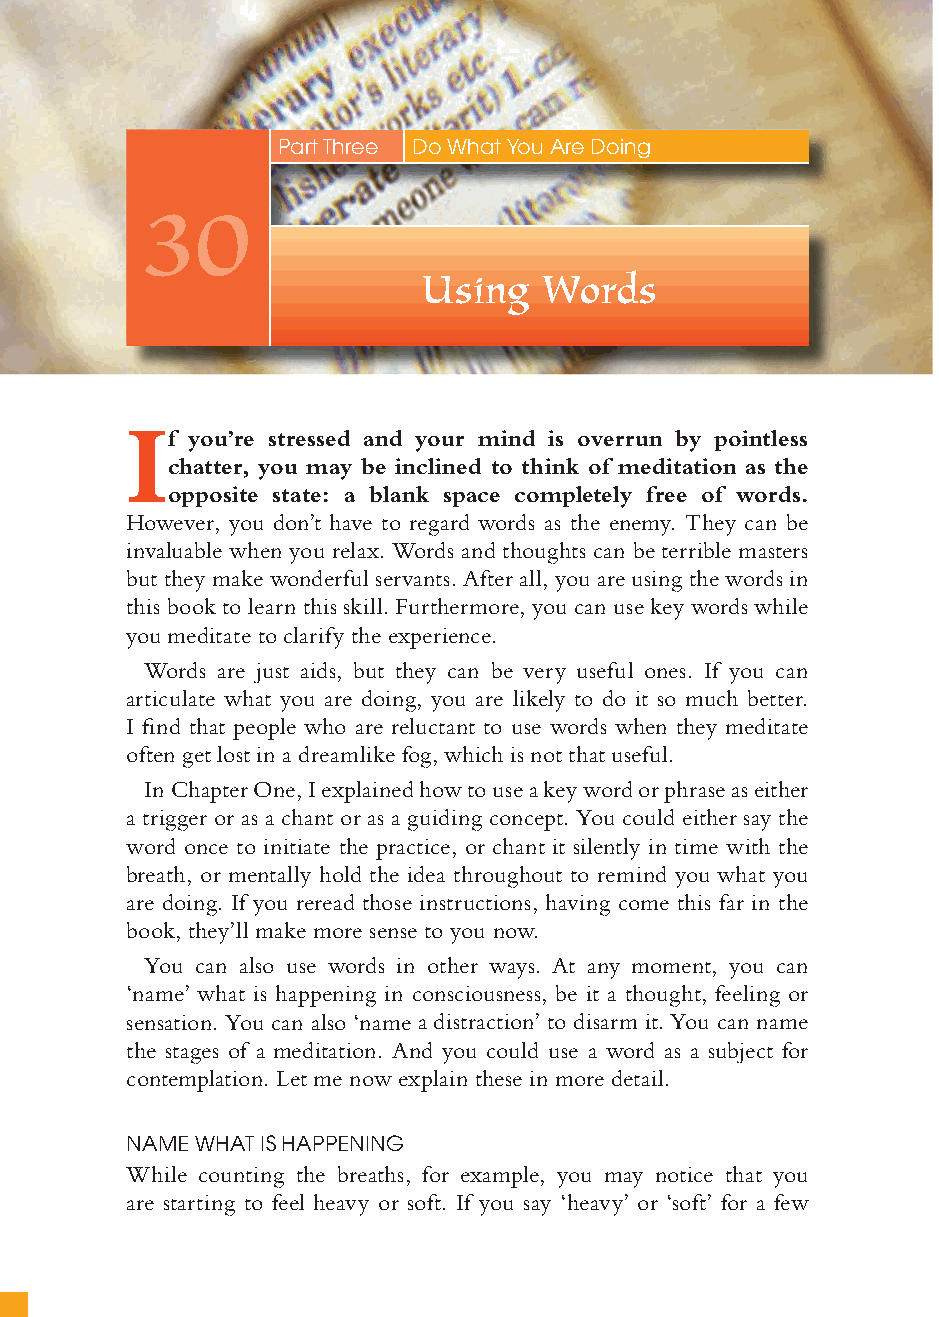
122
 Part Three Do What You Are Doing
 30
 Using   Words
 I
 f you’re stressed and your mind is overrun by pointless
 chatter, you may be inclined to think of meditation as the
 opposite state: a blank space completely free of words.
 However, you don’t have to regard words as the enemy. They can be
 invaluable when you relax. Words and thoughts can be terrible masters
 but they make wonderful servants. After all, you are using the words in
 this book to learn this skill. Furthermore, you can use key words while
 you meditate to clarify the experience.
 Words are just aids, but they can be very useful ones. If you can
 articulate what you are doing, you are likely to do it so much better.
 I fi nd that people who are reluctant to use words when they meditate
 often get lost in a dreamlike fog, which is not that useful.
 In Chapter One, I explained how to use a key word or phrase as either
 a trigger or as a chant or as a guiding concept. You could either say the
 word once to initiate the practice, or chant it silently in time with the
 breath, or mentally hold the idea throughout to remind you what you
 are doing. If you reread those instructions, having come this far in the
 book, they’ll make more sense to you now.
 You can also use words in other ways. At any moment, you can
 ‘name’ what is happening in consciousness, be it a thought, feeling or
 sensation. You can also ‘name a distraction’ to disarm it. You can name
 the stages of a meditation. And you could use a word as a subject for
 contemplation. Let me now explain these in more detail.
 NAME WHAT IS HAPPENING
 While counting the breaths, for example, you may notice that you
 are starting to feel heavy or soft. If you say ‘heavy’ or ‘soft’ for a few
 ffiivvee__220000667788..iinndddd SSeecc11::112266   3300//55//0055 55::0055::2299 PPMM